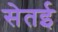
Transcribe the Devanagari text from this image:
सेतई